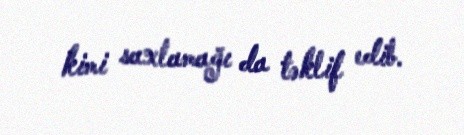
kimi saxlamağı da təklif edib.